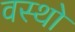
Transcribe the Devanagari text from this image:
वस्थाे